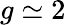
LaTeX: g\simeq 2